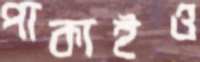
পাকাইও